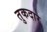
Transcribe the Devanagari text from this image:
तुकदार